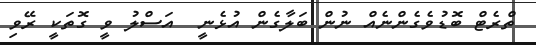
ތްރެޓް ބޮޑުވެގެންނެއް ނުން ބަލާގެން އުޅެނީ  އަސްލު ވީ ގޮތަކީ ރޭވި